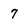
Character: 7